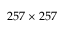
2 5 7 \times 2 5 7